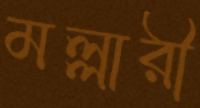
মল্লারী